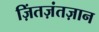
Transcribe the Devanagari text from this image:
ज़िंतज़ंतज़ान